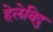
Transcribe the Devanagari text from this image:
हेलेबिदु